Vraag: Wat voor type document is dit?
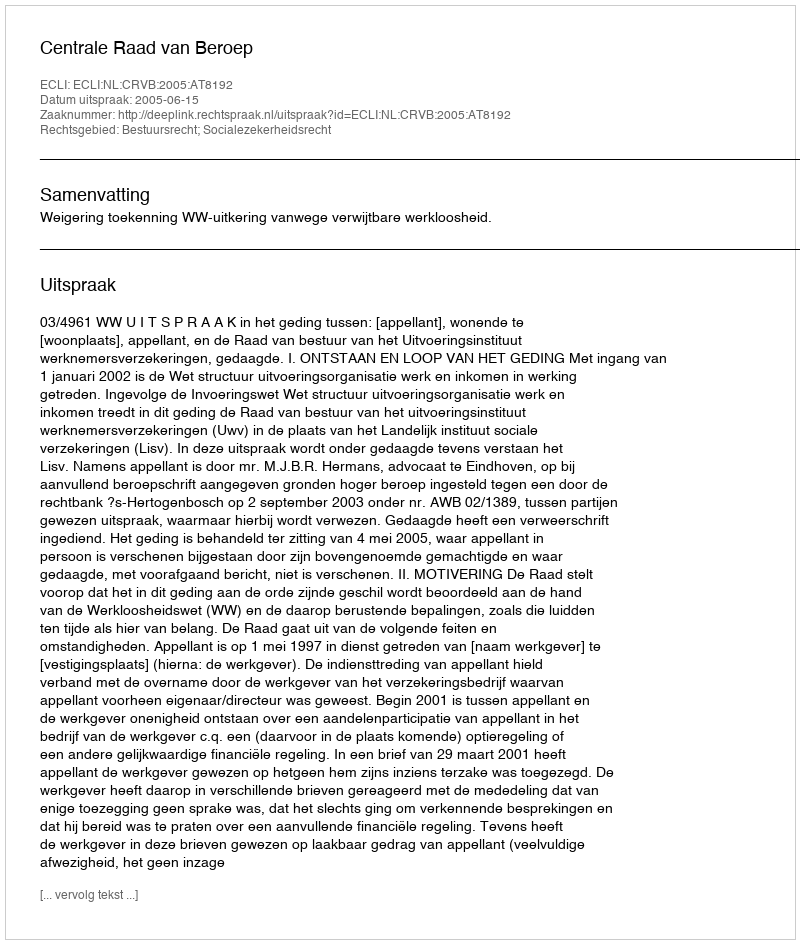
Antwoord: Uitspraak